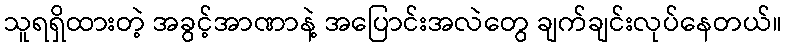
သူရရှိထားတဲ့ အခွင့်အာဏာနဲ့ အပြောင်းအလဲတွေ ချက်ချင်းလုပ်နေတယ်။